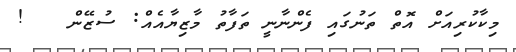
މިކާކުރިއަށް އޮތް ތަނުގައި ފެންނާނީ ތަފާތު މާޒިޔާއެއް: ސުޒޭން   !